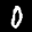
Label: 0